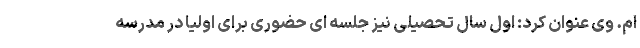
ام. وی عنوان کرد: اول سال تحصیلی نیز جلسه ای حضوری برای اولیا در مدرسه